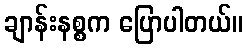
ချာန်းနစ္စက ပြောပါတယ်။